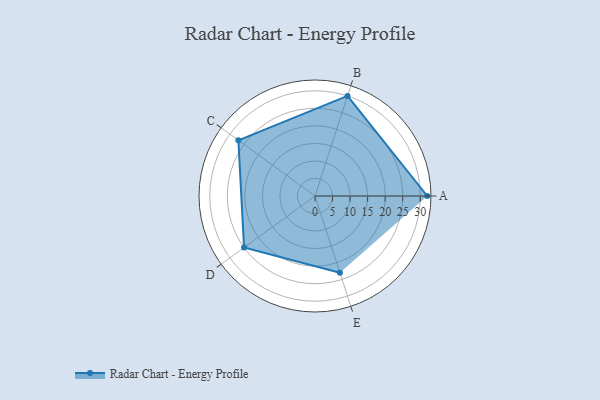
{"axis": {"x": "Skill", "y": "Score"}, "legend": ["Profile"], "data": [{"x": "A", "y": 32.0, "type": "Profile"}, {"x": "B", "y": 30.0, "type": "Profile"}, {"x": "C", "y": 27.0, "type": "Profile"}, {"x": "D", "y": 25.0, "type": "Profile"}, {"x": "E", "y": 23.0, "type": "Profile"}]}